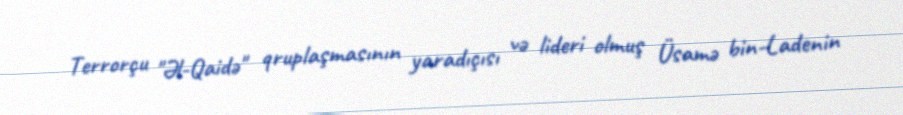
Terrorçu "Əl-Qaidə" qruplaşmasının yaradıçısı və lideri olmuş Üsamə bin-Ladenin